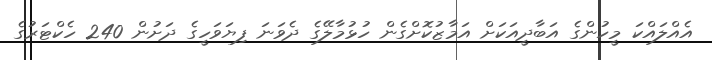
އެއްލައްކަ މީހުންގެ އަބާދީއަކަށް އަމާޒުކޮށްގެން ހުޅުމާލޭގެ ދެވަނަ ފިޔަވަހީގެ ދަށުން 240 ހެކްޓަރުގެ